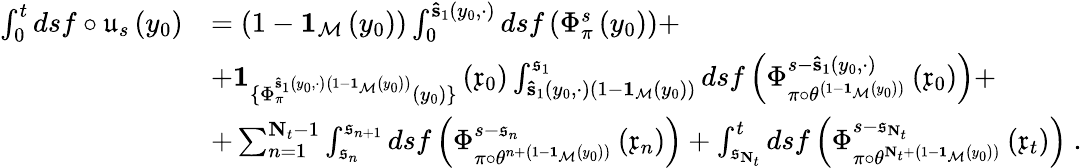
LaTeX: \begin{array}{rl}{\int_{0}^{t}dsf\circ\mathfrak{u}_{s}\left(y_{0}\right)}&{=\left(1-\mathbf{1}_{\mathcal{M}}\left(y_{0}\right)\right)\int_{0}^{\mathbf{\hat{s}}_{1}\left(y_{0},\cdot\right)}dsf\left(\Phi_{\pi}^{s}\left(y_{0}\right)\right)+}\\ &{+\mathbf{1}_{\{ \Phi_{\pi}^{\mathbf{\hat{s}}_{1}\left(y_{0},\cdot\right)\left(1-\mathbf{1}_{\mathcal{M}}\left(y_{0}\right)\right)}\left(y_{0}\right)\} }\left(\mathfrak{x}_{0}\right)\int_{\mathbf{\hat{s}}_{1}\left(y_{0},\cdot\right)\left(1-\mathbf{1}_{\mathcal{M}}\left(y_{0}\right)\right)}^{\mathfrak{s}_{1}}dsf\left(\Phi_{\pi\circ\theta^{\left(1-\mathbf{1}_{\mathcal{M}}\left(y_{0}\right)\right)}}^{s-\mathbf{\hat{s}}_{1}\left(y_{0},\cdot\right)}\left(\mathfrak{x}_{0}\right)\right)+}\\ &{+\sum_{n=1}^{\mathbf{N}_{t}-1}\int_{\mathfrak{s}_{n}}^{\mathfrak{s}_{n+1}}dsf\left(\Phi_{\pi\circ\theta^{n+\left(1-\mathbf{1}_{\mathcal{M}}\left(y_{0}\right)\right)}}^{s-\mathfrak{s}_{n}}\left(\mathfrak{x}_{n}\right)\right)+\int_{\mathfrak{s}_{\mathbf{N}_{t}}}^{t}dsf\left(\Phi_{\pi\circ\theta^{\mathbf{N}_{t}+\left(1-\mathbf{1}_{\mathcal{M}}\left(y_{0}\right)\right)}}^{s-\mathfrak{s}_{\mathbf{N}_{t}}}\left(\mathfrak{x}_{t}\right)\right)\ .}\end{array}